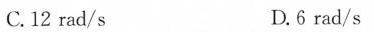
C.12rad/s D.6rad/s